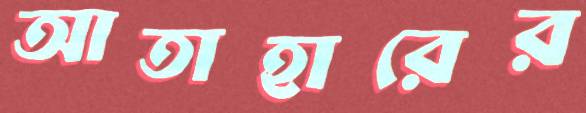
আতাহারের